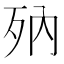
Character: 𣧍